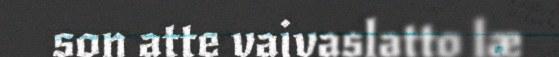
son atte vaivaslatto læ